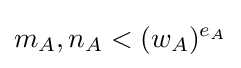
m_{A},n_{A}<(w_{A})^{e_{A}}